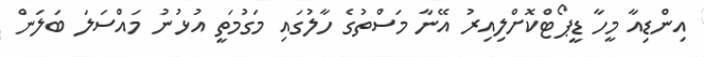
އިންޑިއާ މީހާ ޑީޕޯޓްކޮށްލިއިރު އޭނާ މަސްތުގެ ހާލުގައި މަގުމަތީ އުޅުނު މައްސަލަ ބަލަން